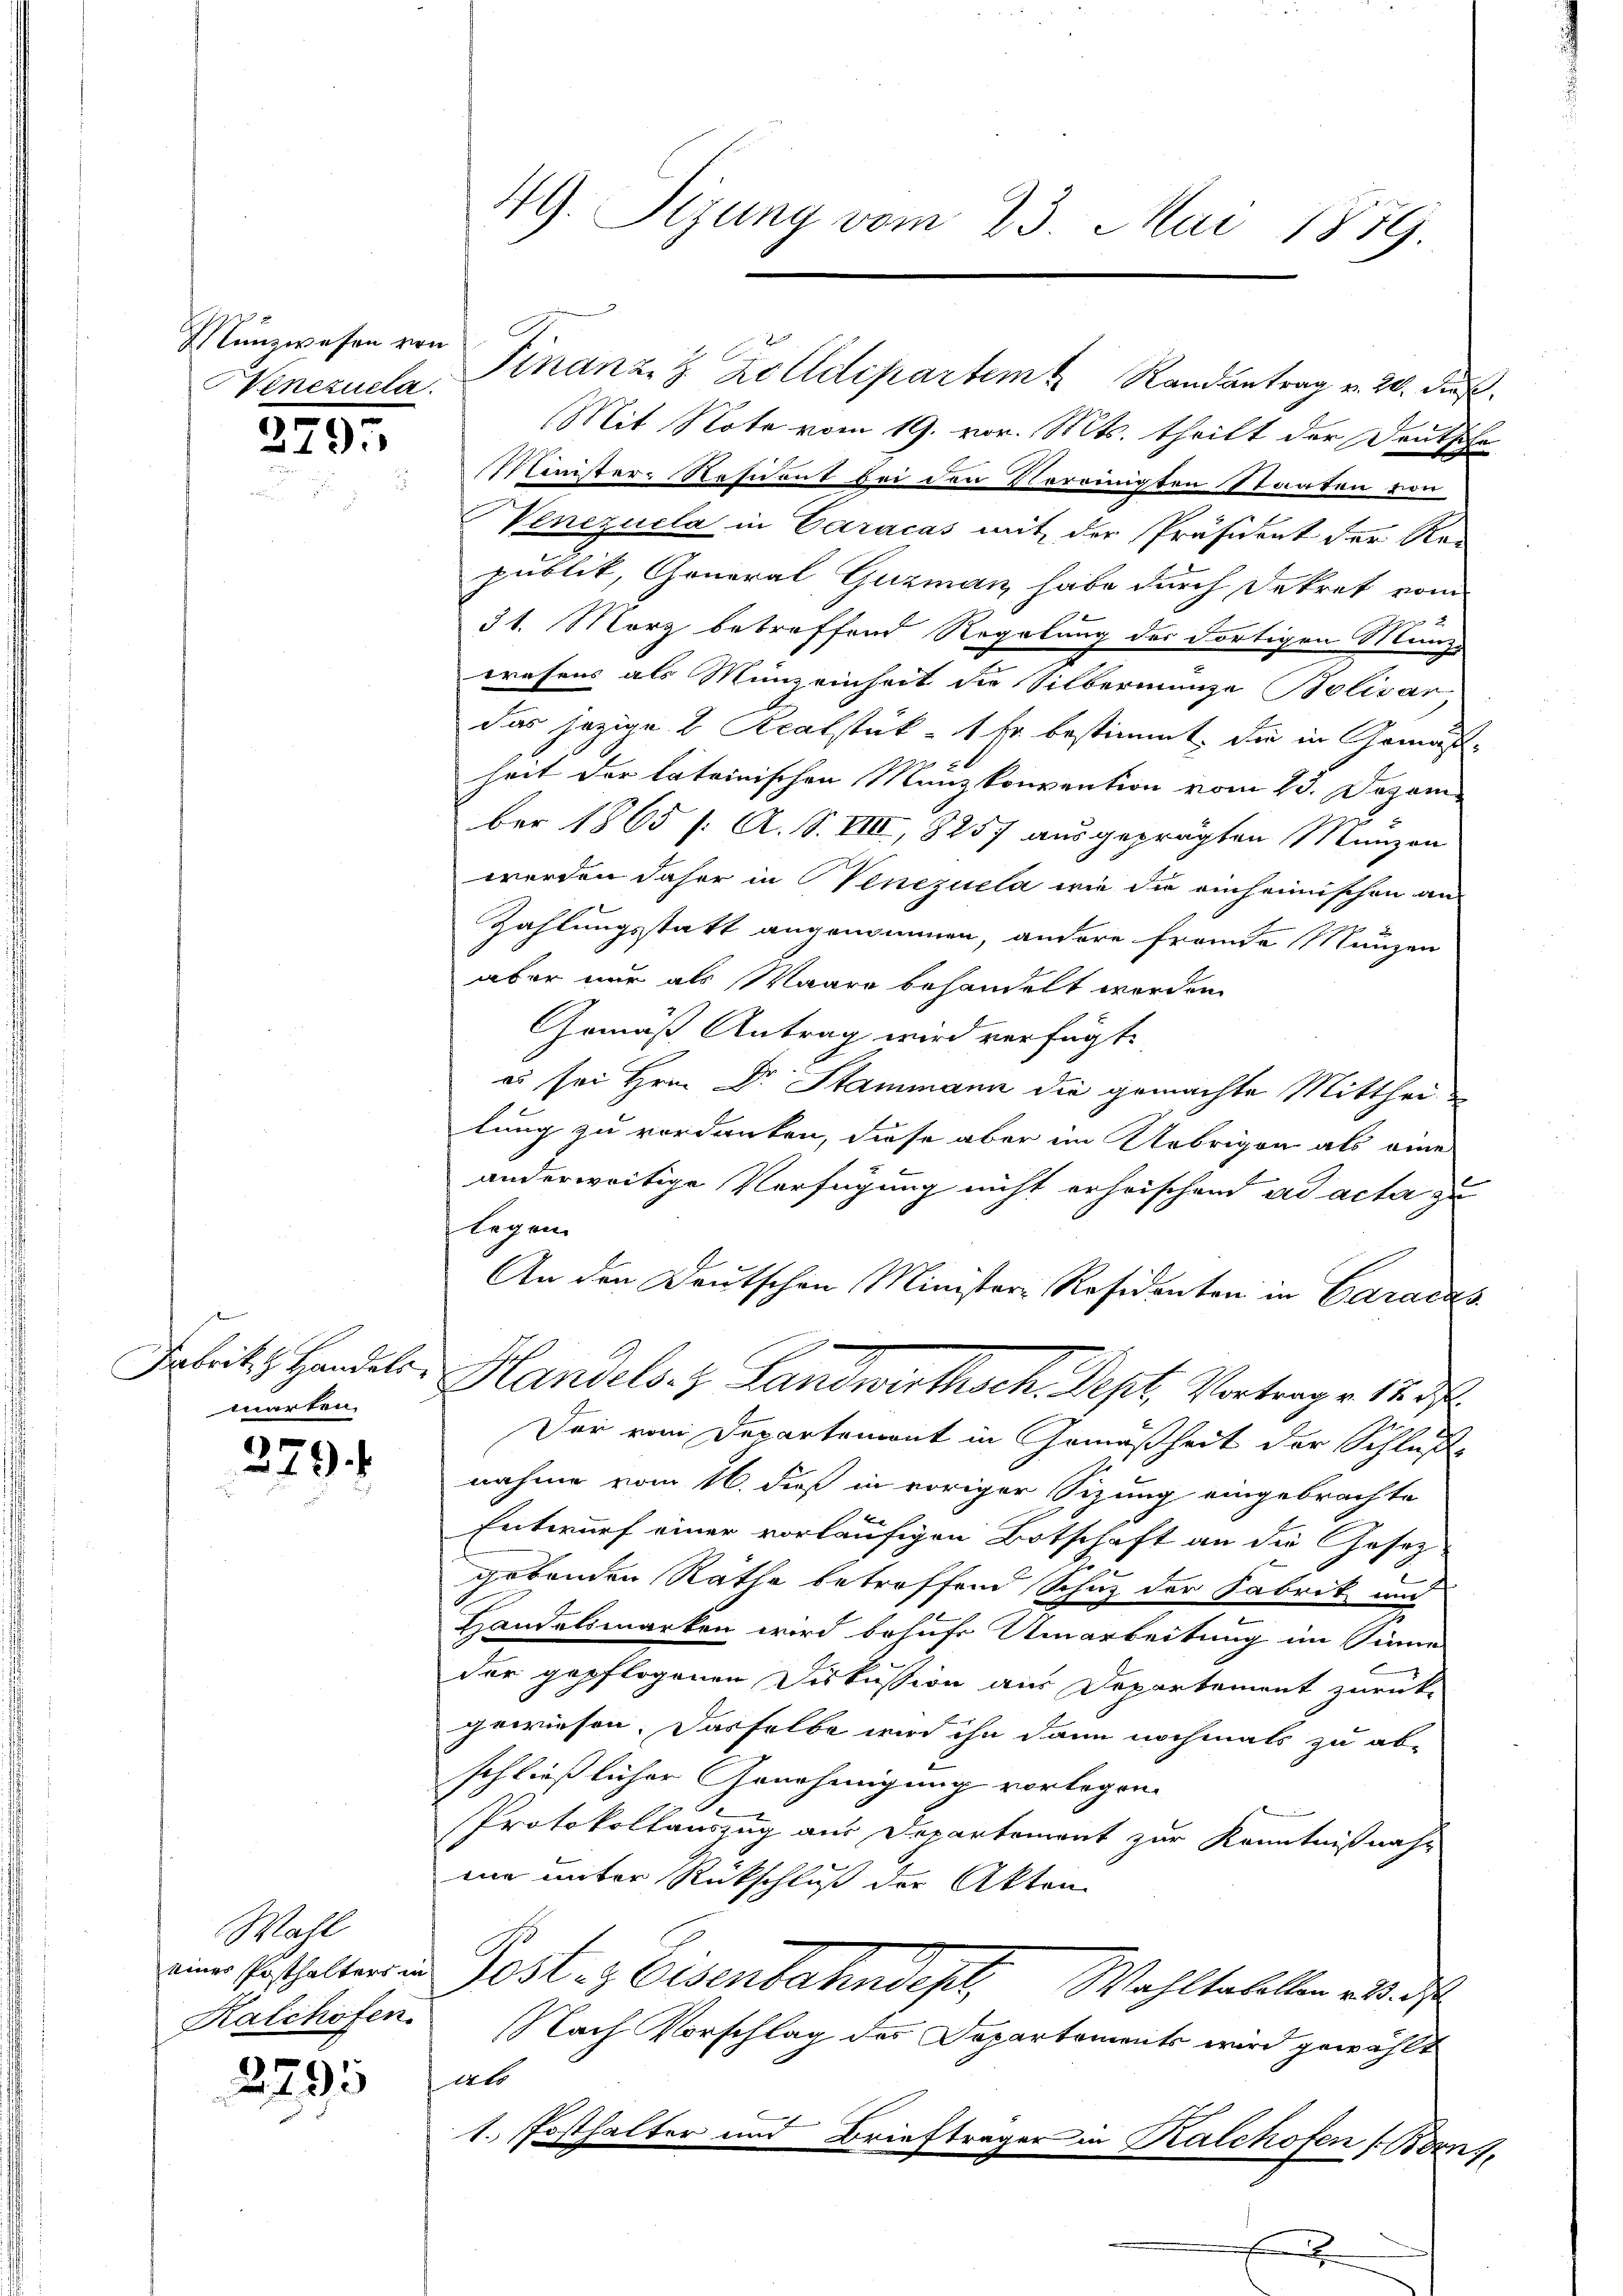
Münzwesen von
Venezuela

379.

f
Fabrik z. Handels.
marten.

1
42 x

Wahl
eines Posthalters in
Kalchofen.

2795

49. Sizung vom 23. Mai 1879.

Finanz- & Zolldepartem Randantrag v. 20. Dies
Mit Note vom 19. vor. Mts. theilt der Deutsche
MMinister-Resident bei den Vereinigten Staaten von
Venezuela in Caracas mit der Präsident der Republik, General Guzman habe durch Dekret vom
31. März betreffend Regelung der dortigen Munz
wesens als Münzeinheit die Silbermünze Bolisar
das jezige 2 Scalstück - Er bestimmt, die in Gemäßheit der lateinischen Münzkonvention vom 23. Dezem
ber 1865 /: A. S. VIII, 8257 ausgeprägten Münzen
werden daher in Venezuela wie die einheimischen an-
Zahlungsstatt angenommen, andere fremde Munzen
aber nur als Waare behandelt werden.
Gemäß Antrag wird verfügt
es sei Hrn. Dr. Stammann die gemachte Mittheilung zu verdanken, diese aber im Uebrigen als eine
anderweitige Verfügung nicht erheischend ad acta zu
legen
An den Deutschen Minister-Residenten in Caracas
Handels- & Landwirtsch. Sept. Vortrage 1
Der vom Departemont in Gemäßheit der Schluße
nahme vom 16. dieß in voriger Sizung eingebrachte
Entwurf einer vorläufigen Botschaft an die Gesez
s
gebenden Rathe betreffend Schuz der Fabrik und
Handelsmarken wird behufs Umarbeitung im Sinne
dar gepflogenen Diskussion aus Departement zurück-
gewiesen. Dasselbe wird ihn dann nochmals zu ab-
schließlicher Genehmigung vorlegen.
Protokollauszug aus Departement zur Kenntnißnahe
me unter Rückschluß der Akten
Post- & Eisenbahndest. Wahltabellen als die
Nach Vorschlag des Departements wird gewählt
14t
1. Posthalter und Briefträger in Kalchofen (Bern.

x

.
f